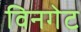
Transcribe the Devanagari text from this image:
विनगेट